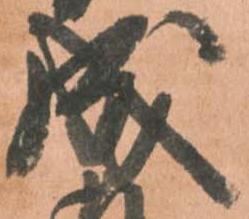
成